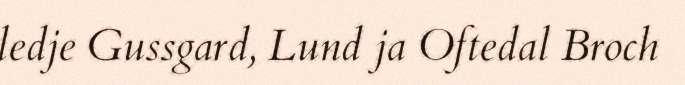
ledje Gussgard, Lund ja Oftedal Broch